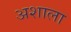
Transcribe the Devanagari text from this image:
अशाला